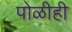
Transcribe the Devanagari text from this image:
पोळीही